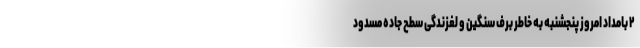
۲ بامداد امروز پنجشنبه به خاطر برف سنگین و لغزندگی سطح جاده مسدود